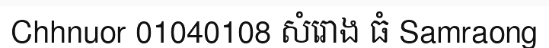
Chhnuor 01040108 សំរោង ធំ Samraong